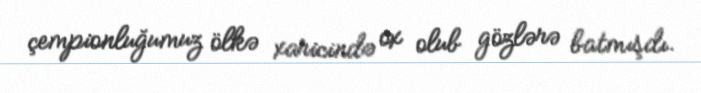
çempionluğumuz ölkə xaricində ox olub gözlərə batmışdı.